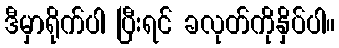
ဒီမှာရိုက်ပါ ပြီးရင် ခလုတ်ကိုနှိပ်ပါ။